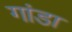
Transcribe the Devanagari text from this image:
गांडा